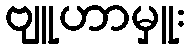
ဗျူဟာမှူး